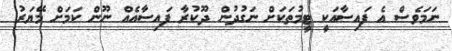
ނަމަވެސް އެ ފައިސާއަކީ ޓީމުތަކަށް ނަގުދުން ދޫކުރާ ފައިސާއެއް ނޫން ކަމަށް މޭޔަރު